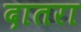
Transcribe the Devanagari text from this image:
दातरा